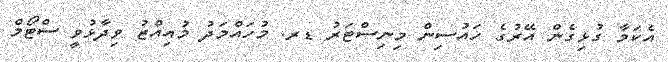
އެކަމާ ގުޅިގެން އޭރުގެ ހައުސިން މިނިސްޓަރު ޑރ. މުހައްމަދު މުއިއްޒު ވިދާޅުވީ ސްޓޯމް